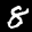
Label: 8